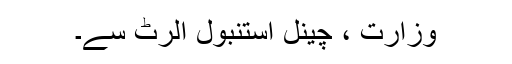
وزارت ، چینل استنبول الرٹ سے۔